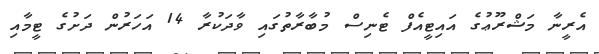
އެރީނާ މަޝްރޫޫޢުގެ އައިޓީއެފް ޓެނިސް މުބާރާތުގައި ވާދަކުރާ 14 އަހަރުން ދަށުގެ ޓީމާއި